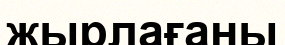
жырлағаны